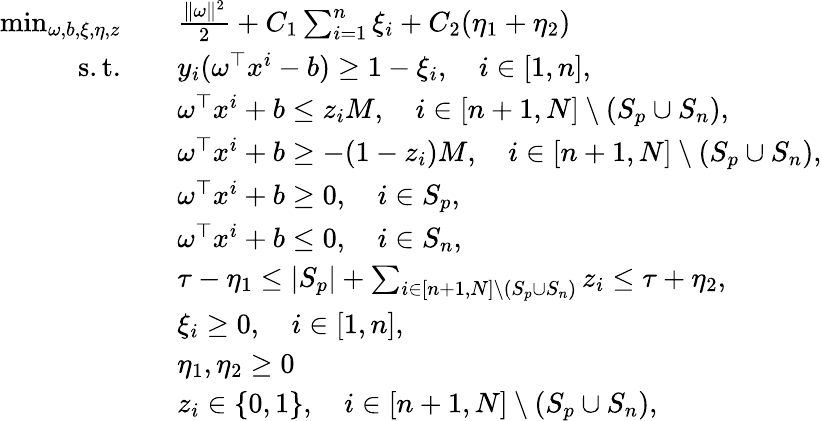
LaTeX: \begin{array}{rl}{\operatorname*{min}_{\omega,b,\xi,\eta,z}\quad}&{\frac{\Vert\omega\Vert^{2}}{2}+C_{1}\sum_{i=1}^{n}\xi_{i}+C_{2}(\eta_{1}+\eta_{2})}\\ {\mathrm{s.t.}\quad}&{y_{i}(\omega^{\top}x^{i}-b)\geq 1-\xi_{i},\quad i\in[1,n],}\\ &{\omega^{\top}x^{i}+b\leq z_{i}M,\quad i\in[n+1,N]\setminus(S_{p}\cup S_{n}),}\\ &{\omega^{\top}x^{i}+b\geq-(1-z_{i})M,\quad i\in[n+1,N]\setminus(S_{p}\cup S_{n}),}\\ &{\omega^{\top}x^{i}+b\geq 0,\quad i\in S_{p},}\\ &{\omega^{\top}x^{i}+b\leq 0,\quad i\in S_{n},}\\ &{\tau-\eta_{1}\leq\vert S_{p}\vert+\sum_{i\in[n+1,N]\setminus(S_{p}\cup S_{n})}z_{i}\leq\tau+\eta_{2},}\\ &{\xi_{i}\geq 0,\quad i\in[1,n],}\\ &{\eta_{1},\eta_{2}\geq 0}\\ &{z_{i}\in\{ 0,1\} ,\quad i\in[n+1,N]\setminus(S_{p}\cup S_{n}),}\end{array}